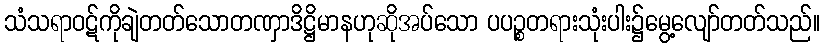
သံသရာဝဋ်ကိုချဲတတ်သောတဏှာဒိဋ္ဌိမာနဟုဆိုအပ်သော ပပဉ္စတရားသုံးပါး၌မွေ့လျော်တတ်သည်။